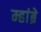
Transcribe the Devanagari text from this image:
म्हांब्रे